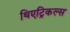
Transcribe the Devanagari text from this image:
थिएट्रिकल्स